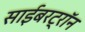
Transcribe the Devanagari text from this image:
साईबरट्राॅन